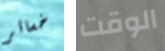
خسائر الوقت